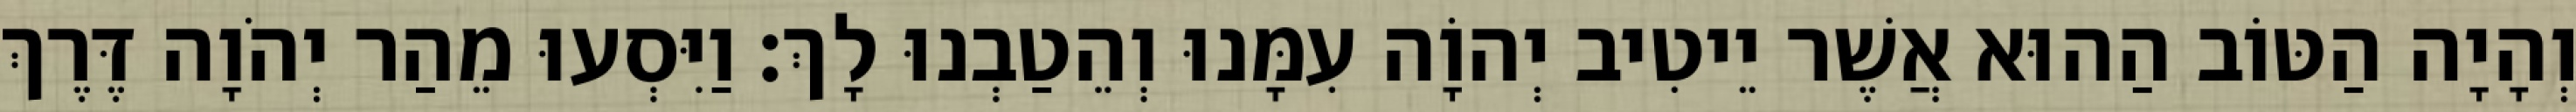
וְהָיָה הַטּוֹב הַהוּא אֲשֶׁר יֵיטִיב יְהוָֹה עִמָּנוּ וְהֵטַבְנוּ לָךְ׃ וַיִּסְעוּ מֵהַר יְהֹוָה דֶּרֶךְ